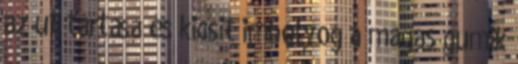
az ut tartása és kicsit imbolyog a magas gumik